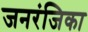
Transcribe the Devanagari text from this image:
जनरंजिका